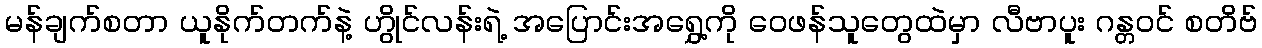
မန်ချက်စတာ ယူနိုက်တက်နဲ့ ဟွိုင်လန်းရဲ့ အပြောင်းအရွှေ့ကို ဝေဖန်သူတွေထဲမှာ လီဗာပူး ဂန္တဝင် စတိဗ်